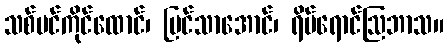
သစ်ပင်ကိုင်ထောင်၊ မြင်သာအောင်၊ ရိပ်ရောင်ဩဘာသ။